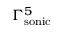
\Gamma _ { \mathrm { { s o n i c } } } ^ { 5 }